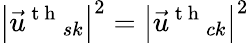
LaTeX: {{\left|{{{\vec{u}}}^{\mathrm{~t~h~}}}_{sk}\right|}^{2}}={{\left|{{{\vec{u}}}^{\mathrm{~t~h~}}}_{ck}\right|}^{2}}